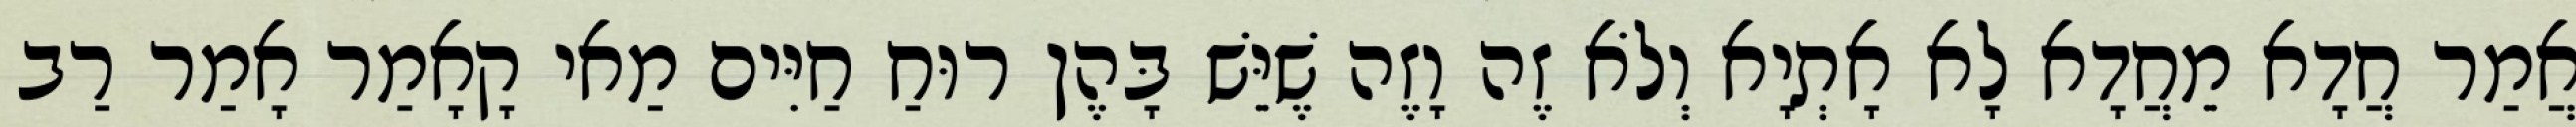
אֲמַר חֲדָא מֵחֲדָא לָא אָתְיָא וְלֹא זֶה וָזֶה שֶׁיֵּשׁ בָּהֶן רוּחַ חַיִּים מַאי קָאָמַר אָמַר רַב